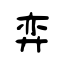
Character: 弈